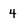
Character: 4